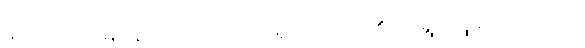
၄၂၃။ ကြားမြင်နည်းပါး၊ ကောင်းမှုရှား၊ လား၏ ငရဲရွာ ဟူူသော ဂါထာ၊